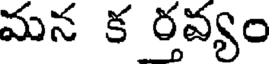
మన క రవ్యం